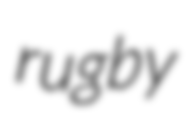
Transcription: rugby